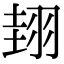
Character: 𦐰